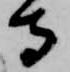
守